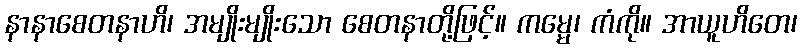
နာနာစေတနာဟိ၊ အမျိုးမျိုးသော စေတနာတို့ဖြင့်။ ကမ္မေ၊ ကံကို။ အာယူဟိတေ၊